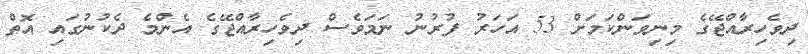
ދިވެހިރާއްޖޭގެ މިނިވަންކަމަށް 53 އަހަރު ފުރުނު ނަމަވެސް ދިވެހިރާއްޖޭގެ އެންމެ ދެކުނުގައި އޮތް